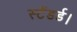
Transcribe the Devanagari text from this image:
स्टैंडर्ड।